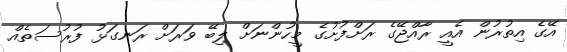
އޭގެ އިތުރުން އެއީ ރާއްޖޭގެ ރަށްފުށުގެ މީހުންނަށް ލިބޭ ވަރަށް ރަނގަޅު ފުރުސަތެއް